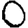
Digit: 0